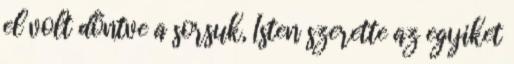
el volt döntve a sorsuk, Isten szerette az egyiket